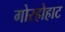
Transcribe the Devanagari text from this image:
गोरहोहाट